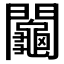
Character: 𨷺